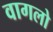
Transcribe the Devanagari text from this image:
वागलो